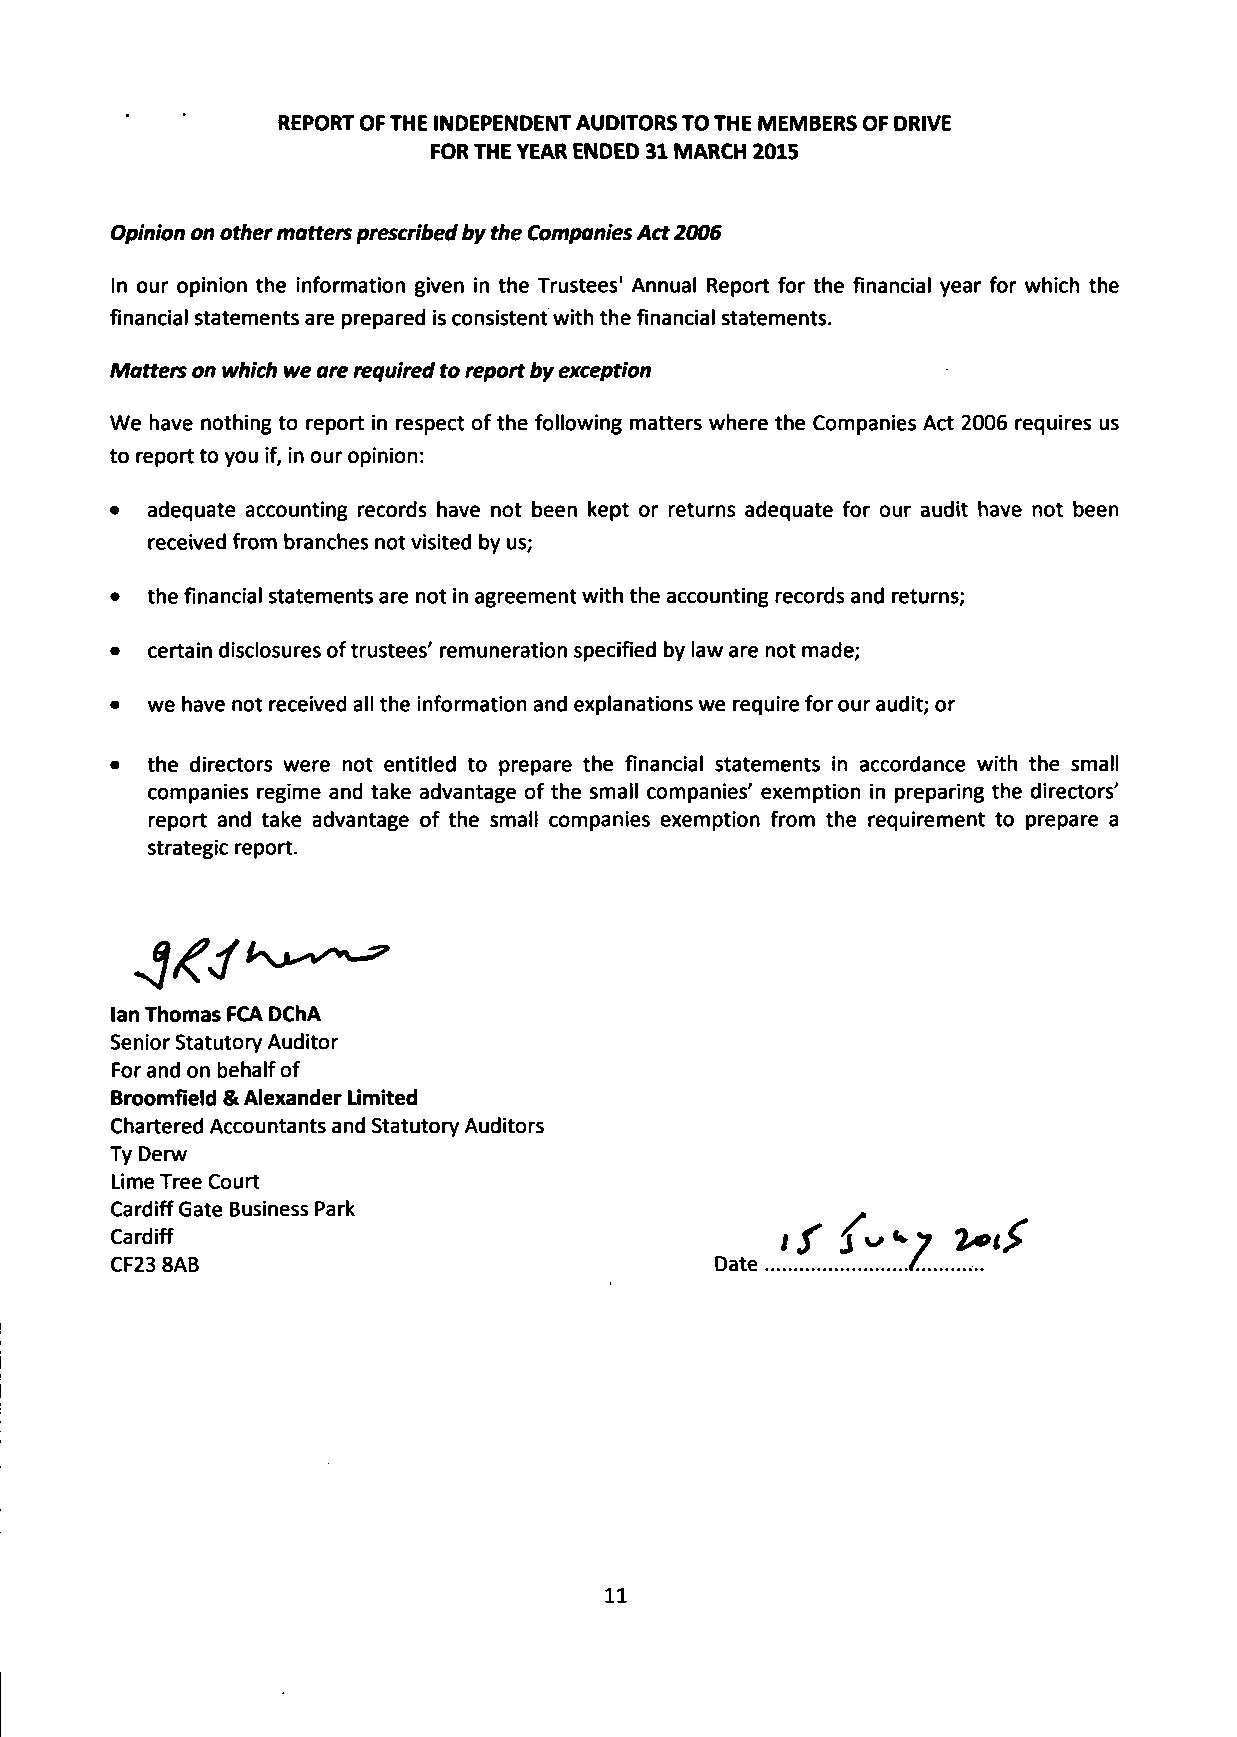
REPORT OF THE INDEPENDENT AUDITORS TO THE MEMBERS OF DRIVE
 FOR THE YEAR ENDED 31 MARCH 2015
 Opinion on other matters prescribed by the Companies Act 2006
 In our opinion the information given in the Trustees' Annual Report for the financial year for which the
 financial statements are prepared is consistent with the financial statements.
 Matters on which we are required to report by exception
 We have nothing to report in respect of the following matters where the Companies Act 2006 requires us
 to report to you if, in our opinion:
 •  adequate accounting records have not been kept or returns adequate for our audit have not been
 received from branches not visited by us;
 •  the financial statements are not in agreement with the accounting records and returns;
 •  certain disclosures of trustees' remuneration specified by law are not made;
 •  we have not received all the information and explanations we require for our audit; or
 •  the directors were not entitled to prepare the financial statements in accordance with the small
 companies regime and take advantage of the small companies' exemption in preparing the directors'
 report and take advantage of the small companies exemption from the requirement to prepare a
 strategic report.
 Ian Thomas FCA DChA
 Senior Statutory Auditor
 For and on behalf of
 Broomfield & Alexander Limited
 Chartered Accountants and Statutory Auditors
 Ty Derw
 Lime Tree Court
 Cardiff Gate Business Park
 Cardiff
 CF23 8AB                                Date
 11